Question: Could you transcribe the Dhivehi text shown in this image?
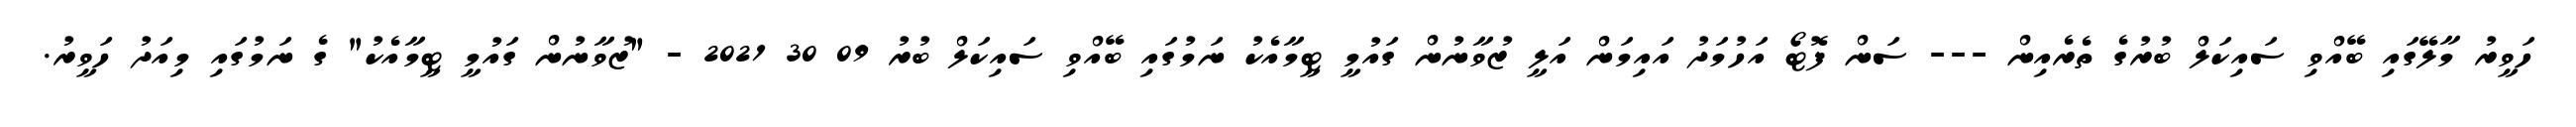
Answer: ހަވީރު މާލޭގައި ބޭއްވި ސައިކަލް ބުރުގެ ތެރެއިން --- ސަން ފޮޓޯ އަހުމަދު އައިމަން އަލީ ޒުވާނުން ގައުމީ ޓީމާއެކު ނަމުގައި ބޭއްވި ސައިކަލް ބުރު 09 30 2021 - "ޒުވާނުން ގައުމީ ޓީމާއެކު" ގެ ނަމުގައި މިއަދު ހަވީރު.